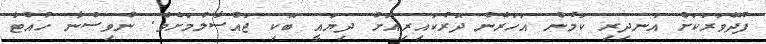
ފުދޭވަރަކަށް އަނދިރި ކަމުން އަހަރެން ދޮރުކައިރިއަށް ދިޔައީ ބޮކި ޖައްސާލުމަށެވެ. ނުވިސްނާ ހުއްޓާ